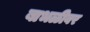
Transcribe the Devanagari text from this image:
बाभळीवर